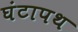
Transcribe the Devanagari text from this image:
घंटापथ